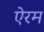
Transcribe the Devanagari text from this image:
ऐरम